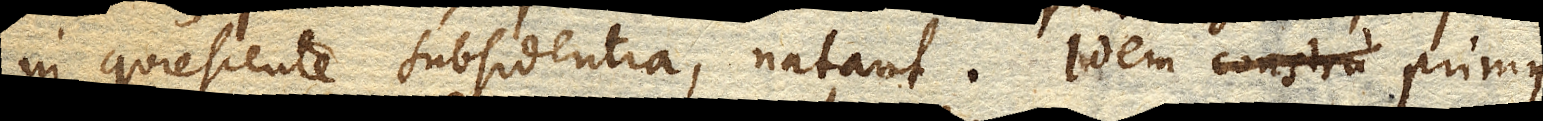
in quiescente subsidentia, natant. Idem primus